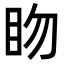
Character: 䀛